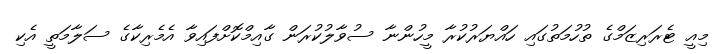
މިއީ ޓެރަރިޒަމްގެ ތުހުމަތުގައި ހައްޔަރުކުރާ މީހުންނާ ސުވާލުކުރަން ގާއިމްކޮށްފައިވާ އެމެރިކާގެ ސަލާމަތީ އެކި